Civil Veterinary Department. Madras. Admin. report 1926-33 - 1926-1933
Year: 1926
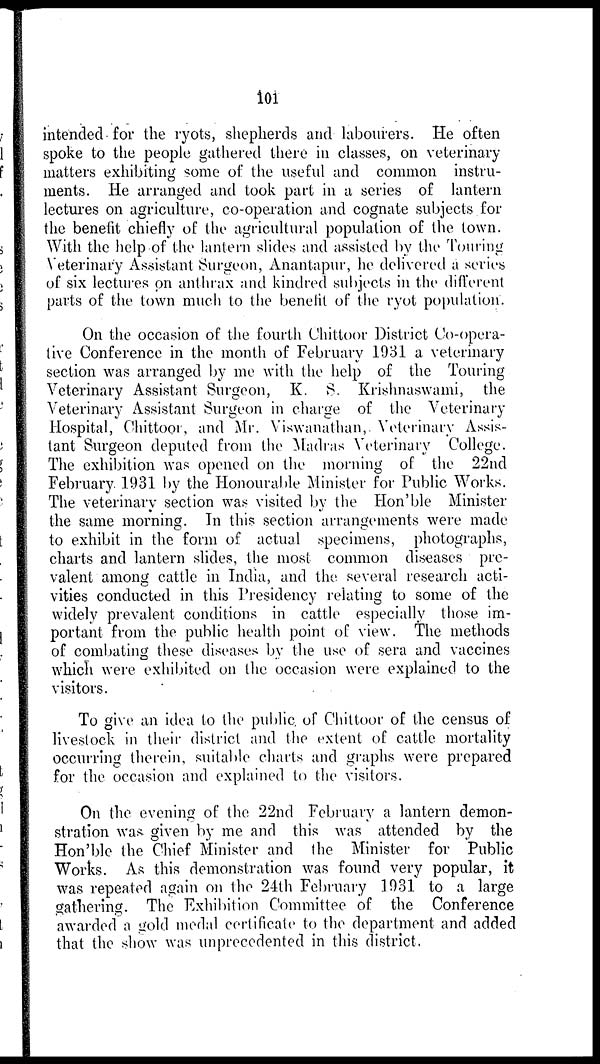
101
intended for the ryots, shepherds and labourers. He often
spoke to the people gathered there in classes, on veterinary
matters exhibiting some of the useful and common instru-
ments. He arranged and took part in a series of lantern
lectures on agriculture, co-operation and cognate subjects for
the benefit chiefly of the agricultural population of the town.
With the help of the lantern slides and assisted by the Touring
Veterinary Assistant Surgeon, Anantapur, he delivered a series
of six lectures on anthrax and kindred subjects in the different
parts of the town much to the benefit of the ryot population.
On the occasion of the fourth Chittoor District Co-opera-
tive Conference in the month of February 1931 a veterinary
section was arranged by me with the help of the Touring
Veterinary Assistant Surgeon, K. S. Krishnaswami, the
Veterinary Assistant Surgeon in charge of the Veterinary
Hospital, Chittoor, and Mr. Viswanathan, Veterinary Assis-
tant Surgeon deputed from the Madras Veterinary College.
The exhibition was opened on the morning of the 22nd
February 1931 by the Honourable Minister for Public Works.
The veterinary section was visited by the Hon'ble Minister
the same morning. In this section arrangements were made
to exhibit in the form of actual specimens, photographs,
charts and lantern slides, the most common diseases pre-
valent among cattle in India, and the. several research acti-
vities conducted in this Presidency relating to some of the
widely prevalent conditions in cattle especially those im-
portant from the public health point of view. The methods
of combating these diseases by the use of sera and vaccines
which were exhibited on the occasion were explained to the
visitors.
To give an idea to the public of Chittoor of the census of
livestock in their district and the extent of cattle mortality
occurring therein, suitable charts and graphs were prepared
for the occasion and explained to the visitors.
On the evening of the 22nd February a lantern demon-
stration was given by me and this was attended by the
Hon'ble the Chief Minister and the Minister for Public
Works. As this demonstration was found very popular, it
was repeated again on the 24th February 1931 to a large
gathering. The Exhibition Committee of the Conference
awarded a gold medal certificate to the department and added
that the show was unprecedented in this district.